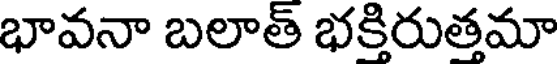
భావనా బలాత్ భక్తిరుత్తమా